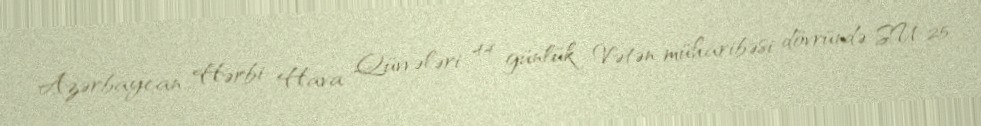
Azərbaycan Hərbi Hava Qüvvələri 44 günlük Vətən müharibəsi dövründə SU-25